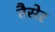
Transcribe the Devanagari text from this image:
तैसेर